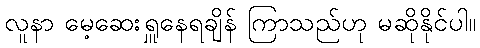
လူနာ မေ့ဆေးရှူနေရချိန် ကြာသည်ဟု မဆိုနိုင်ပါ။